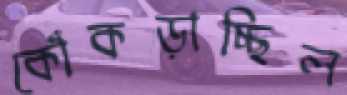
কোঁকড়াচ্ছিল